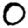
Digit: 0